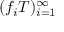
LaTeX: ( f _ { i } T ) _ { i = 1 } ^ { \infty }